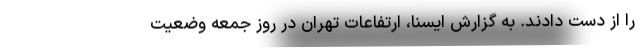
را از دست دادند. به گزارش ایسنا، ارتفاعات تهران در روز جمعه وضعیت